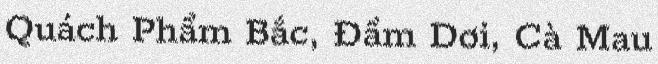
Quách Phẩm Bắc, Đầm Dơi, Cà Mau